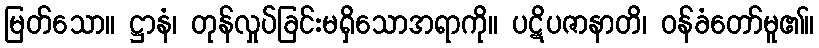
မြတ်သော။ ဋ္ဌာနံ၊ တုန်လှုပ်ခြင်းမရှိသောအရာကို။ ပဋိပဇာနာတိ၊ ဝန်ခံတော်မူ၏။